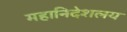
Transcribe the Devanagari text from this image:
महानिदेशलय